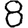
Digit: 8